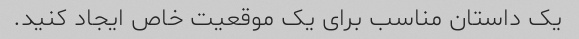
یک داستان مناسب برای یک موقعیت خاص ایجاد کنید.